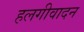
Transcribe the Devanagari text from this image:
हलगीवादन